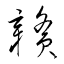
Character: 贛